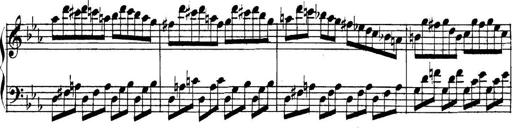
Title: Collected Piano Sonatas
Composer: Muzio Clementi